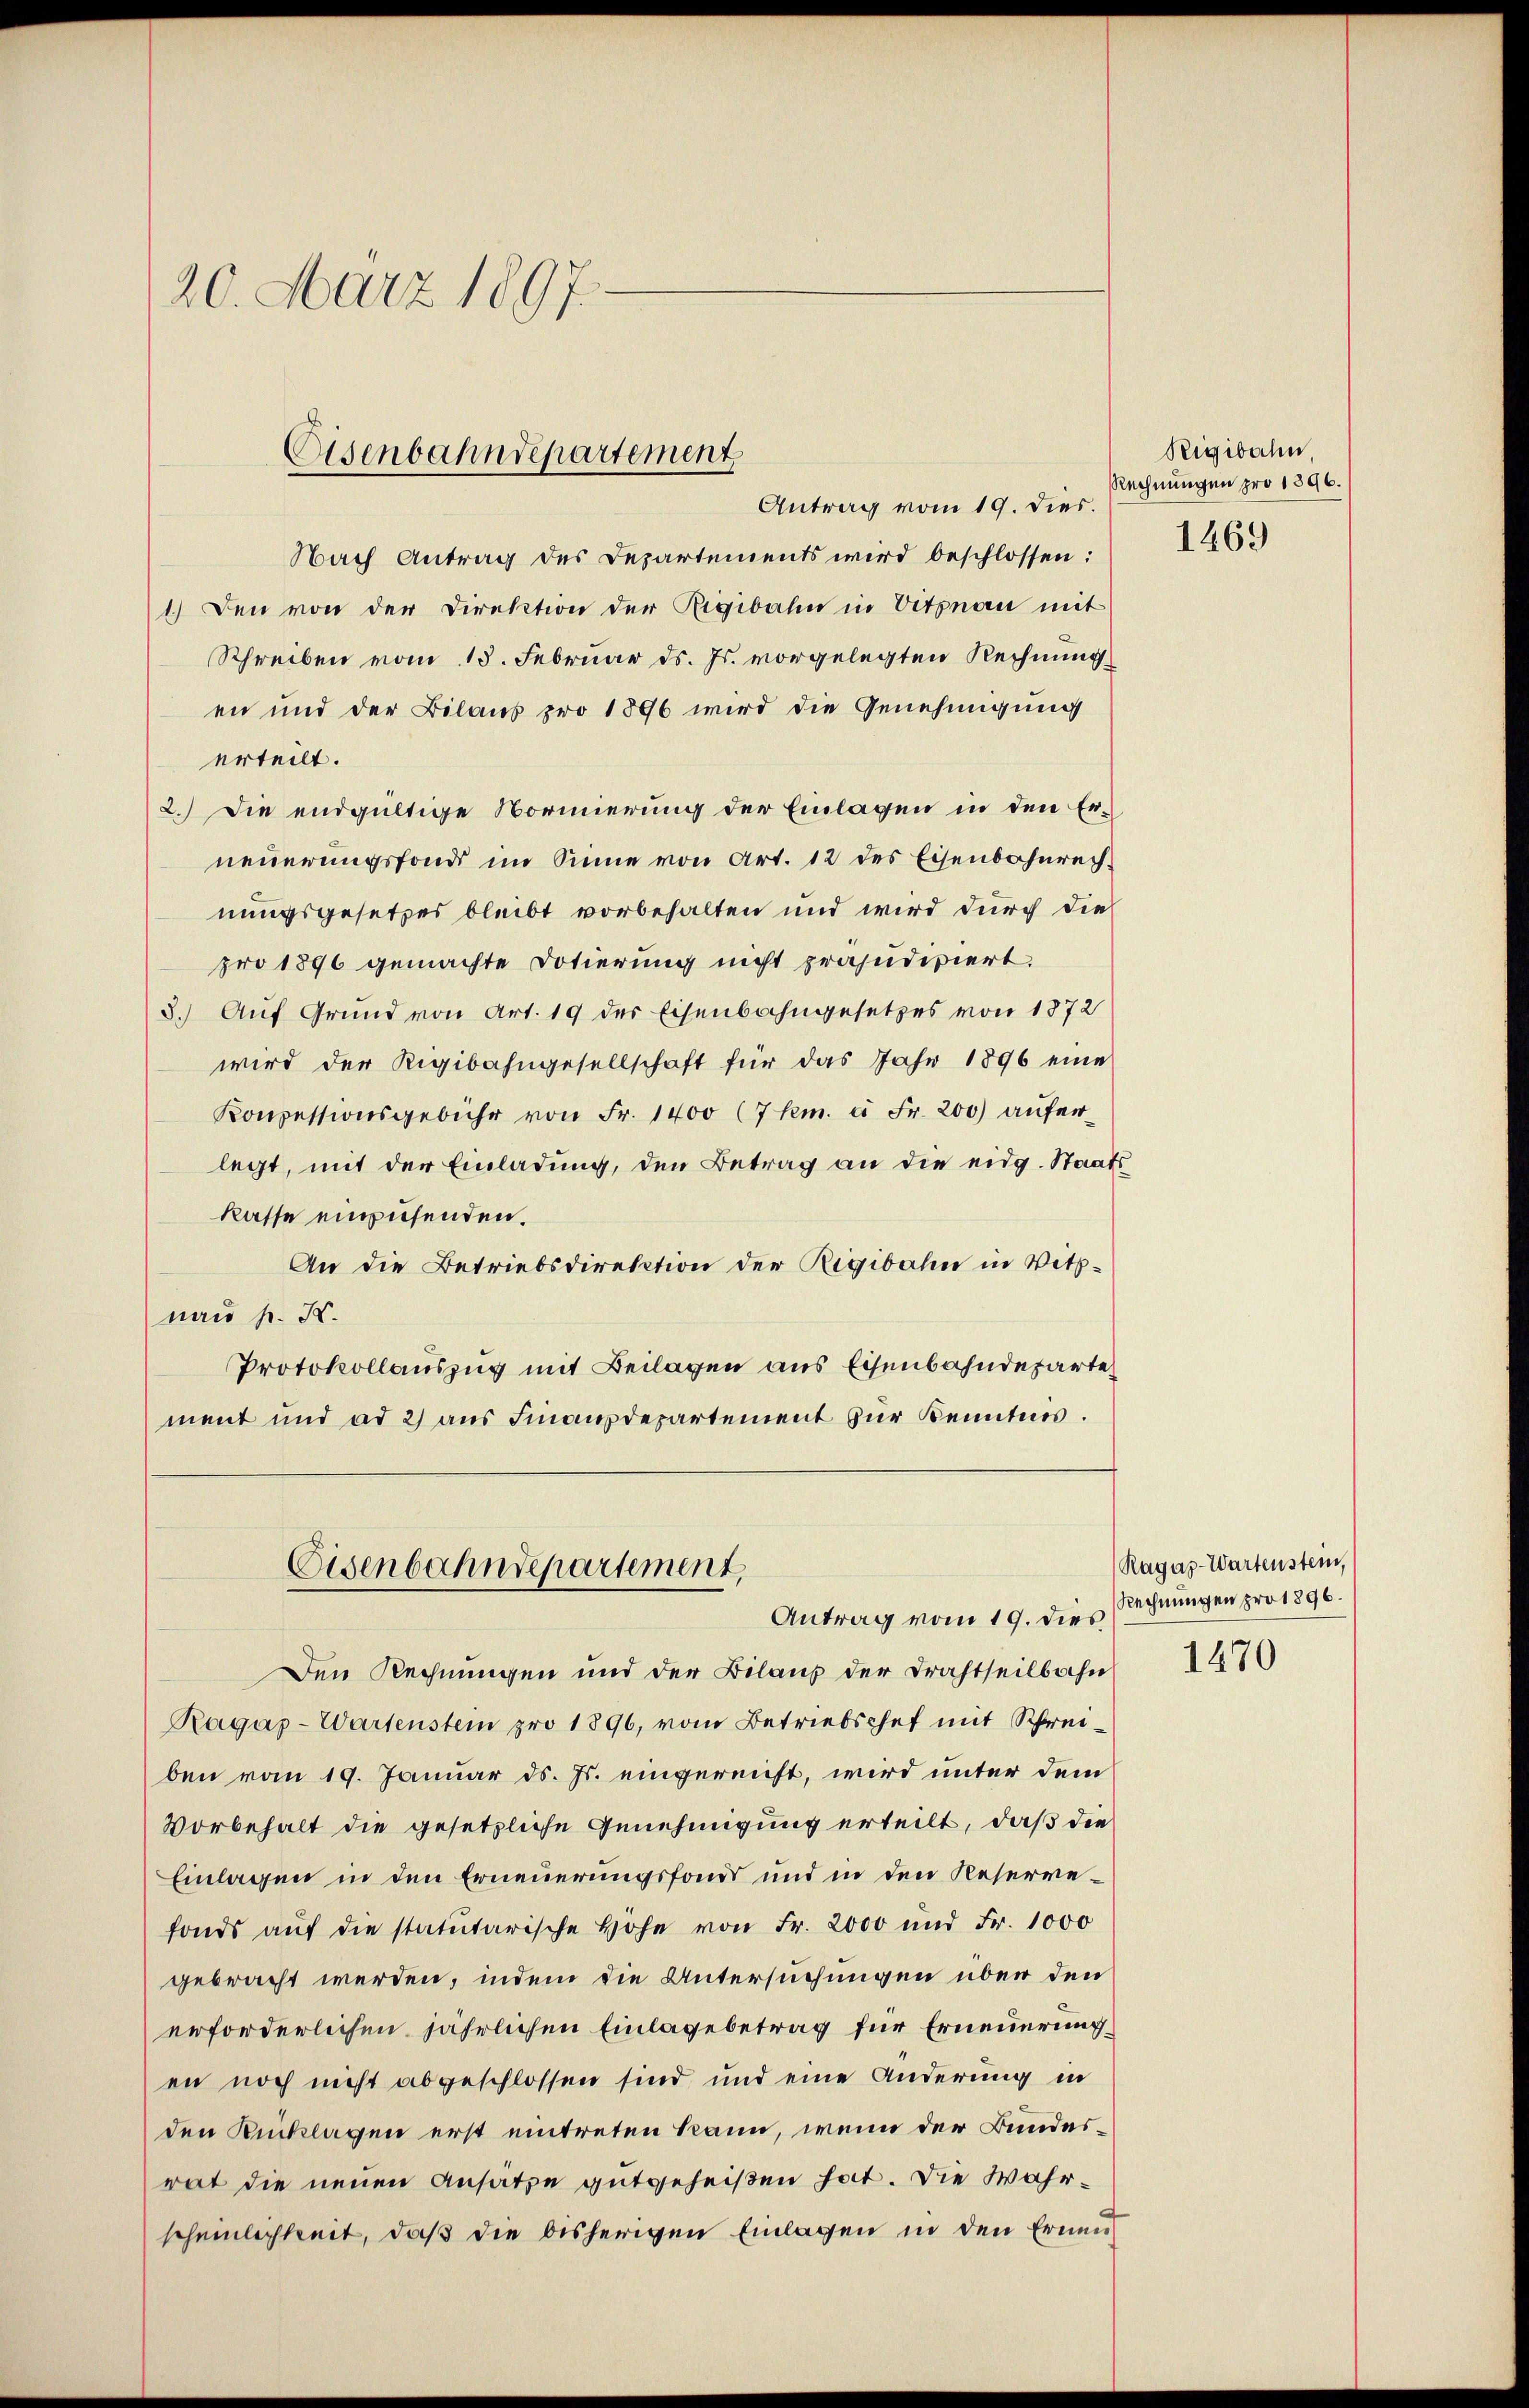
b
20. März 1897.

Eisenbahndepartement
Antrag vom 19. dies.

Eisenbahndepartement,
Antrag vom 19. die Rechnungen pro 1896.

Nach Antrag des Departements wird beschlossen:
1.) Den von der Direktion der Rigibahn in Vitznau mit
Schreiben vom 13. Februar ds. Js. vorgelegten Rechnung
en und der Bilans pro 1896 wird die Genehmigung
erteilt.
2.) Die endgültige Normierung der Einlagen in den Er-
neuerungsfonds im Sinne von Art. 12 des Eisenbahnrechnungsgesetzes bleibt vorbehalten und wird durch die
pro 1896 gemachte Dotierung nicht präjudiziert.
3.) Auf Grund von Art. 19 des Eisenbahngesetzes von 1872
wird der Rigibahngesellschaft für das Jahr 1896 eine
Konzessionsgebühr von Fr. 1400 (7km. à Fr. 200 auferlegt, mit der Einladŭng, den Betrag an die eidg. Staatskasse einzusenden.
An die Betriebsdirektion der Rigibahn in Wittnau pr. K.
Protokollauszug mit Beilagen aus Eisenbahndeparte
ment und ad 2) aus Finanzdepartement zur Kenntnis.

Rigibahn
Rechnungen pro 1396.
1469

Den Rechnungen und der Bilaus der Drahtheilbahn
Ragaz-Wartenstein pro 1896, vom Betriebschef mit Schreiben vom 19. Januar d. Js. eingereicht, wird unter dem
Vorbehalt die gesetzliche Genehmigung erteilt, daß die
Einlagen in den Erneuerungsfonds und in den Reserrefonds aŭf die statutarische Hohe von Fr. 2000 und Fr. 1000
gebracht werden, indem die Untersuchungen über den
erforderlichen jährlichen Einlagebetrag für Erneuerung
en noch nicht abgeschlossen sind und eine Änderung in
den Rücklagen erst eintreten kann, wenn der Bundesrat die neuen Ansatze gutgeheißen hat. Die Wahrscheinlichkeit, daß die bisherigen Einlagen in den Erneu

Ragaz-Wartenstein,

1470